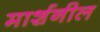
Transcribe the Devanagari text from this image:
मार्शनील